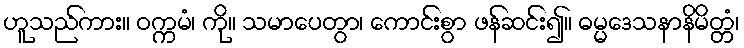
ဟူသည်ကား။ ဝက္ကမံ၊ ကို။ သမာပေတွာ၊ ကောင်းစွာ ဖန်ဆင်း၍။ ဓမ္မဒေသနာနိမိတ္တံ၊